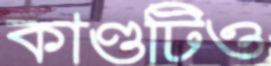
কাণ্ডটিও